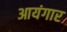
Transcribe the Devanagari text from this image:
आयंगार